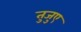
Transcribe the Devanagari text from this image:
तुजुए